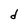
Character: d